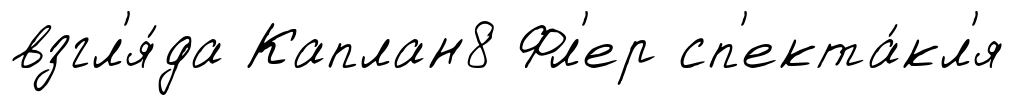
взгл'я́да Каплан8 Фл'ер сп'екта́кл'я